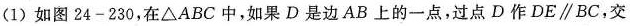
(1)如图24-230，在\triangle ABC中，如果D是边AB上的一点，过点D作$$DE\parallel BC$$，交